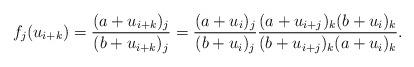
LaTeX: \begin{align*}f_j(u_{i+k})=\dfrac{(a+u_{i+k})_j}{(b+u_{i+k})_j}=\dfrac{(a+u_{i})_j}{(b+u_{i})_j}\dfrac{(a+u_{i+j})_k(b+u_i)_k}{(b+u_{i+j})_k(a+u_i)_k}. \end{align*}